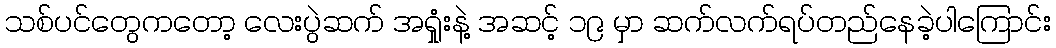
သစ်ပင်တွေကတော့ လေးပွဲဆက် အရှုံးနဲ့ အဆင့် ၁၉ မှာ ဆက်လက်ရပ်တည်နေခဲ့ပါကြောင်း